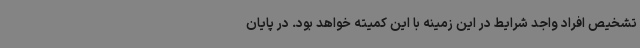
تشخیص افراد واجد شرایط در این زمینه با این کمیته خواهد بود. در پایان